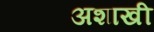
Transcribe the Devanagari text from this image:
अशाखी